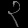
Digit: ၃